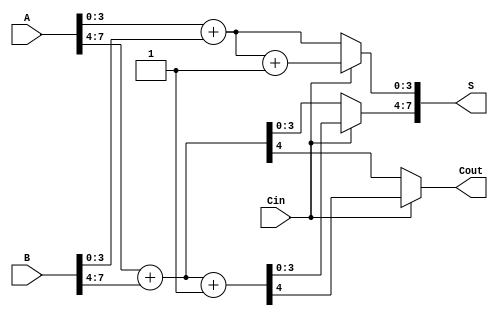
module StaticCarrySelectAdder #(
    parameter N = 8,  // Total bit-width of inputs
    parameter M = 4   // Segment size
)(
    input  [N-1:0] A,     // First operand
    input  [N-1:0] B,     // Second operand
    input  Cin,           // Carry-in
    output [N-1:0] S,     // Sum output
    output Cout           // Carry-out
);

    localparam NUM_SEGMENTS = N / M; // Number of m-bit segments
    wire [N-1:0] S0;                 // Sum when Cin = 0
    wire [N-1:0] S1;                 // Sum when Cin = 1
    wire [NUM_SEGMENTS:0] C0;        // Carry-out when Cin = 0
    wire [NUM_SEGMENTS:0] C1;        // Carry-out when Cin = 1

    // Segment Addition
    genvar i;
    generate
        for (i = 0; i < NUM_SEGMENTS; i = i + 1) begin
            // Define the range for this segment
            wire [M-1:0] A_segment = A[i*M +: M];
            wire [M-1:0] B_segment = B[i*M +: M];

            // Sum and carry for Cin = 0
            wire [M:0] sum0 = A_segment + B_segment;
            assign S0[i*M +: M] = sum0[M-1:0]; // Sum part
            assign C0[i] = sum0[M]; // Carry-out

            // Sum and carry for Cin = 1
            wire [M:0] sum1 = A_segment + B_segment + 1'b1;
            assign S1[i*M +: M] = sum1[M-1:0]; // Sum part
            assign C1[i] = sum1[M]; // Carry-out
        end
    endgenerate

    // MUX to choose sum based on carry-in
    generate
        for (i = 0; i < NUM_SEGMENTS; i = i + 1) begin
            assign S[i*M +: M] = Cin ? S1[i*M +: M] : S0[i*M +: M];
        end
    endgenerate

    // Final carry-out determination
    assign Cout = Cin ? C1[NUM_SEGMENTS-1] : C0[NUM_SEGMENTS-1];

endmodule